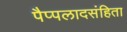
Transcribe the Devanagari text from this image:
पैप्पलादसंहिता